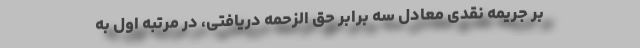
بر جریمه نقدی معادل سه برابر حق الزحمه دریافتی، در مرتبه اوّل به